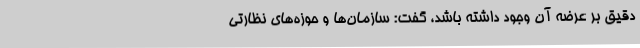
دقیق بر عرضه آن وجود داشته باشد، گفت: سازمان‌ها و حوزه‌های نظارتی